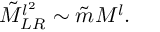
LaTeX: \tilde { M } _ { L R } ^ { l ^ { 2 } } \sim \tilde { m } M ^ { l } .